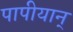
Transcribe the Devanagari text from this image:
पापीयान्‌